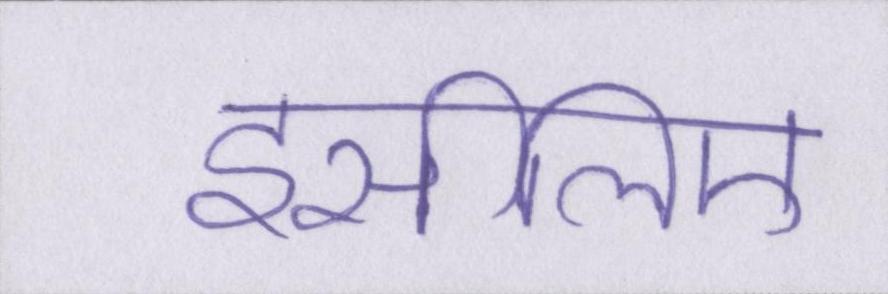
इसीलिए